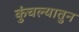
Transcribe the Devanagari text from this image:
कुंचल्यातुन